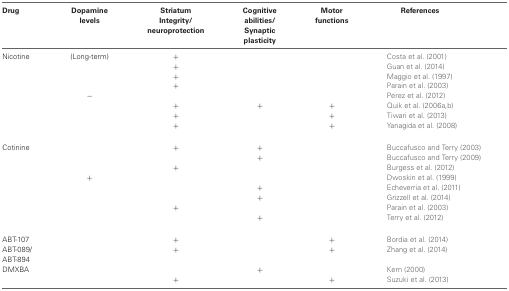
<table><thead><tr><td><b>Drug</b></td><td><b>Dopamine levels</b></td><td><b>Striatum Integrity/neuroprotection</b></td><td><b>Cognitive abilities/Synaptic plasticity</b></td><td><b>Motor functions</b></td><td><b>References</b></td></tr></thead><tbody><tr><td>Nicotine</td><td>(Long-term)</td><td>+</td><td></td><td></td><td>Costa et al. (2001)</td></tr><tr><td></td><td></td><td>+</td><td></td><td></td><td>Guan et al. (2014)</td></tr><tr><td></td><td></td><td>+</td><td></td><td></td><td>Maggio et al. (1997)</td></tr><tr><td></td><td></td><td>+</td><td></td><td></td><td>Parain et al. (2003)</td></tr><tr><td></td><td>−</td><td></td><td></td><td></td><td>Perez et al. (2012)</td></tr><tr><td></td><td></td><td>+</td><td>+</td><td>+</td><td>Quik et al. (2006a,b)</td></tr><tr><td></td><td></td><td>+</td><td></td><td>+</td><td>Tiwari et al. (2013)</td></tr><tr><td></td><td></td><td>+</td><td></td><td>+</td><td>Yanagida et al. (2008)</td></tr><tr><td>Cotinine</td><td></td><td>+</td><td>+</td><td></td><td>Buccafusco and Terry (2003)</td></tr><tr><td></td><td></td><td></td><td>+</td><td></td><td>Buccafusco and Terry (2009)</td></tr><tr><td></td><td></td><td>+</td><td></td><td></td><td>Burgess et al. (2012)</td></tr><tr><td></td><td>+</td><td></td><td></td><td></td><td>Dwoskin et al. (1999)</td></tr><tr><td></td><td></td><td></td><td>+</td><td></td><td>Echeverria et al. (2011)</td></tr><tr><td></td><td></td><td></td><td>+</td><td></td><td>Grizzell et al. (2014)</td></tr><tr><td></td><td></td><td>+</td><td></td><td></td><td>Parain et al. (2003)</td></tr><tr><td></td><td></td><td></td><td>+</td><td></td><td>Terry et al. (2012)</td></tr><tr><td>ABT-107</td><td></td><td>+</td><td></td><td>+</td><td>Bordia et al. (2014)</td></tr><tr><td>ABT-089/</td><td></td><td>+</td><td></td><td>+</td><td>Zhang et al. (2014)</td></tr><tr><td>ABT-894</td></tr><tr><td>DMXBA</td><td></td><td></td><td>+</td><td></td><td>Kem (2000)</td></tr><tr><td></td><td></td><td>+</td><td></td><td>+</td><td>Suzuki et al. (2013)</td></tr></tbody></table>